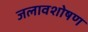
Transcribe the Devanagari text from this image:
जलावशोषण